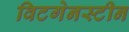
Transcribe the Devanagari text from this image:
विटगेनस्टीन